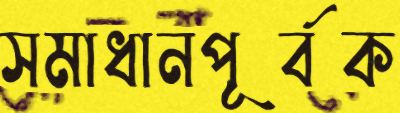
সমাধানপূর্বক